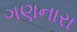
ગણનારા